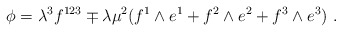
\begin{align*} \phi= \lambda^3f^{123}\mp\lambda\mu^2(f^1\wedge e^1+f^2\wedge e^2+f^3\wedge e^3) \ .\end{align*}